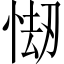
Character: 㥘